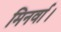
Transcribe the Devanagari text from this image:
मिनर्वा।